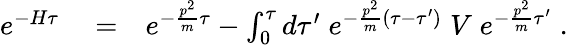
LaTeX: \begin{array}{rlr}{e^{-H\tau}}&{{}=}&{e^{-\frac{p^{2}}{m}\tau}-\int_{0}^{\tau}d\tau^{\prime}\; e^{-\frac{p^{2}}{m}(\tau-\tau^{\prime})}\; V\; e^{-\frac{p^{2}}{m}\tau^{\prime}}\; .}\end{array}